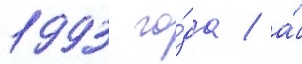
1993 го́да / а́